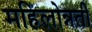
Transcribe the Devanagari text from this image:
महिलोन्नती